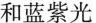
和蓝紫光